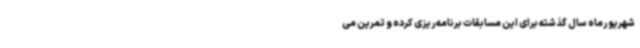
شهریورماه سال گذشته برای این مسابقات برنامه‌ریزی کرده و تمرین می‌